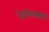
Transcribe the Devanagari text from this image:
देवीगढसाठी